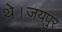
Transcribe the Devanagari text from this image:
थे।जयपुर